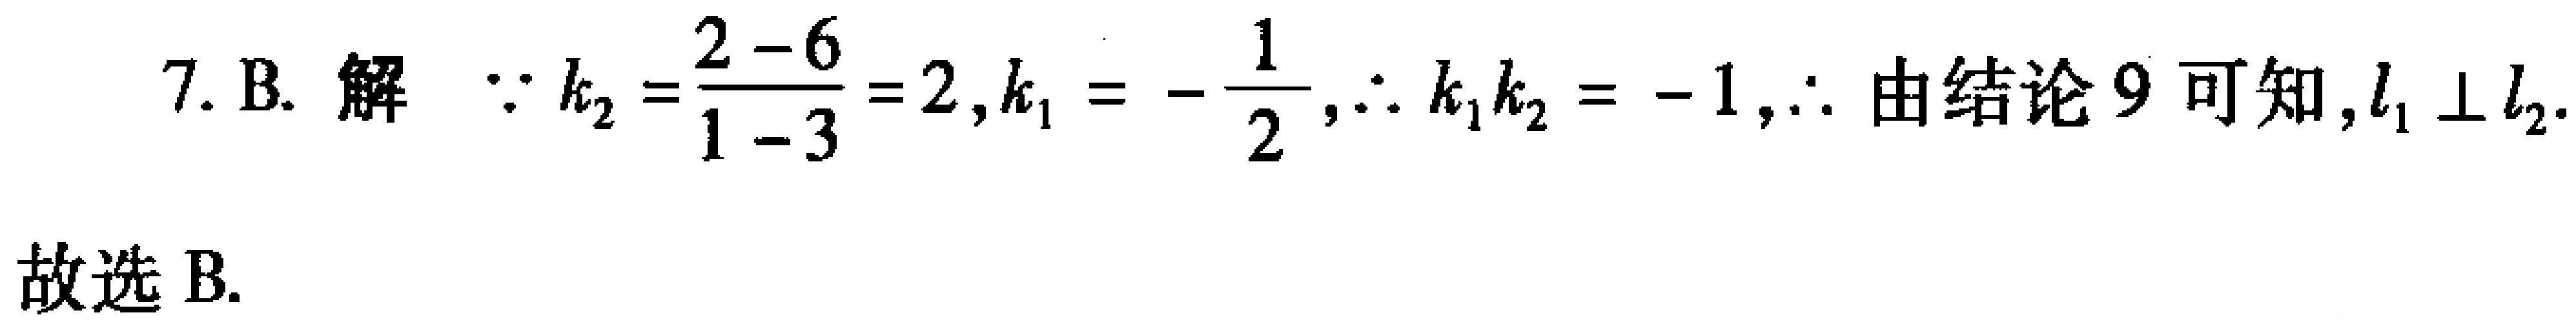
7. B. 解 $\because k_{2}=\frac{2 - 6}{1 - 3}=2,k_{1}=-\frac{1}{2},\therefore k_{1}k_{2}=-1,\therefore$ 由结论 9 可知,$l_{1}\perp l_{2}.$
故选 B.